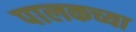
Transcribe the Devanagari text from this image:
पालकच्या